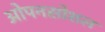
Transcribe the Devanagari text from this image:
ओपनसोशल